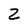
Character: 2